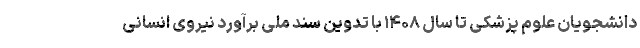
دانشجویان علوم پزشکی تا سال ۱۴۰۸ با تدوین سند ملی برآورد نیروی انسانی